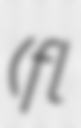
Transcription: (fl